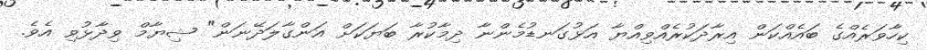
ކިހާވަރެއްގެ ބައެއްކަން އިރާދަކުރެއްވިއްޔާ އަޅުގަނޑުމެންނާ ދިމާކުރާ ބަޔަކަށް އަންގާލަދޭނަން" ޝިޔާމް ވިދާޅުވި އެވެ.